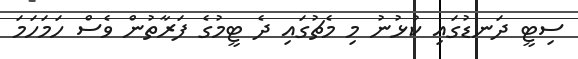
ސިޓީ ދަނޑުގައި ކުޅުނު މި މެޗުގައި ދެ ޓީމުގެ ފަރާތުން ވެސް ހަމަހަމަ